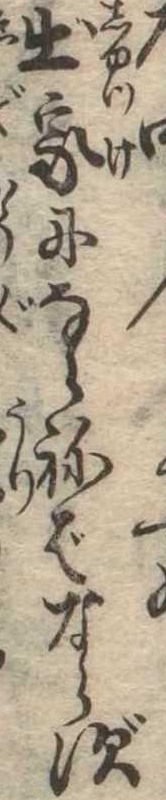
出家にならねばならず